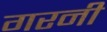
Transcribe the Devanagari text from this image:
गरनी